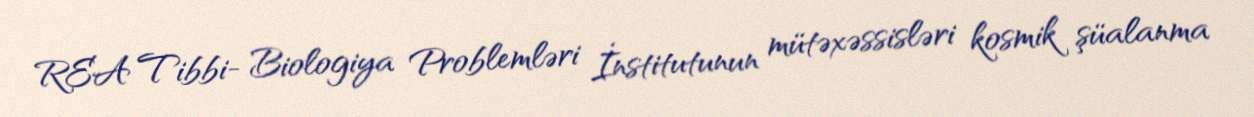
REA Tibbi- Biologiya Problemləri İnstitutunun mütəxəssisləri kosmik şüalanma